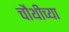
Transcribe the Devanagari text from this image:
चौथीच्या